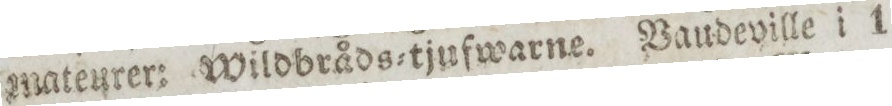
mateurer: Wildbråds=tjufwarne. Baudeville i 1